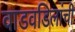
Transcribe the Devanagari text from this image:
वाडवडिलांची